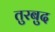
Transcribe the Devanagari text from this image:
तुरबुद